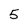
Character: 5